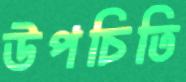
উপচিতি